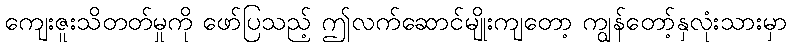
ကျေးဇူးသိတတ်မှုကို ဖော်ပြသည့် ဤလက်ဆောင်မျိုးကျတော့ ကျွန်တော့်နှလုံးသားမှာ